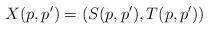
LaTeX: \begin{align*}X(p,p') = (S(p,p'),T(p,p'))\end{align*}